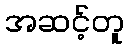
အဆင့်တူ